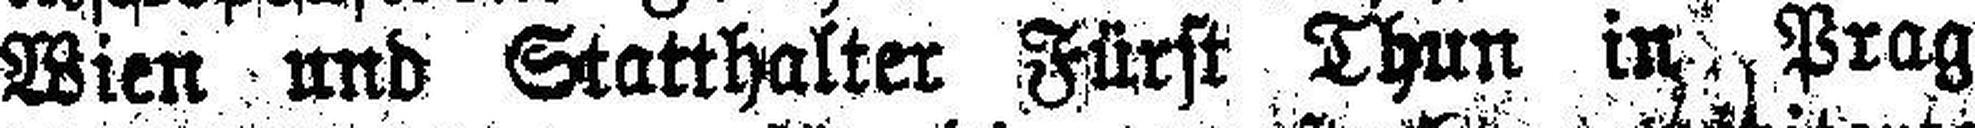
Wien und Statthalter Fürst Thun in Prag